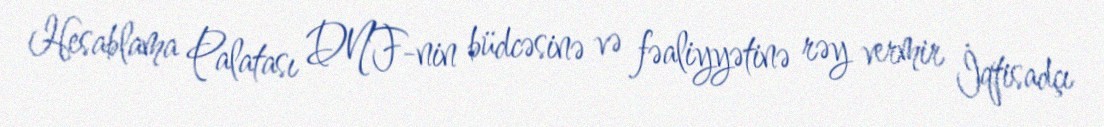
Hesablama Palatası DNF-nin büdcəsinə və fəaliyyətinə rəy vermir İqtisadçı